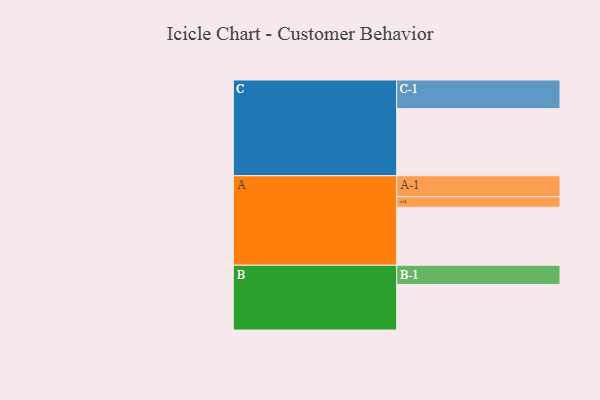
{"axis": {"x": "Segment", "y": "Value"}, "legend": ["", "A", "B", "C"], "data": [{"x": "A", "y": 478, "type": ""}, {"x": "B", "y": 376, "type": ""}, {"x": "C", "y": 554, "type": ""}, {"x": "A-1", "y": 173, "type": "A"}, {"x": "A-2", "y": 87, "type": "A"}, {"x": "B-1", "y": 158, "type": "B"}, {"x": "C-1", "y": 236, "type": "C"}]}